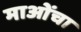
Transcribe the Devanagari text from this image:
माओंचा